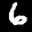
Label: 6